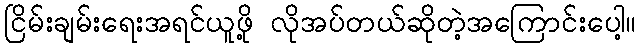
ငြိမ်းချမ်းရေးအရင်ယူဖို့ လိုအပ်တယ်ဆိုတဲ့အကြောင်းပေါ့။